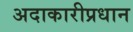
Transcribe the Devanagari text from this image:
अदाकारीप्रधान